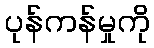
ပုန်ကန်မှုကို